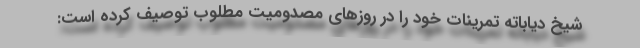
شیخ دیاباته تمرینات خود را در روزهای مصدومیت مطلوب توصیف کرده است: